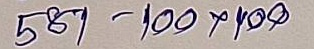
581 - 100 x 100